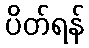
ပိတ်ရန်